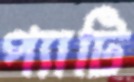
প্যাটি